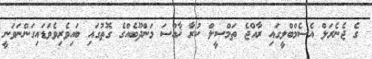
ގެ ޖެނެރަލް އެސެމްބްލީގައި ރާއްޖެ ތަމްސީލް ކުރާ ޚާއްސަ މަންދޫބެއްގެ ގޮތުގައި ބައިވެރިވެވަޑައިގަންނަވަނީ